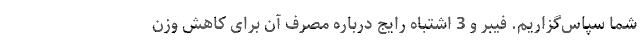
شما سپاس‌گزاریم. فیبر و 3 اشتباه رایج درباره مصرف آن برای کاهش وزن